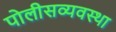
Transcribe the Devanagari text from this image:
पोलीसव्यवस्था